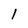
Character: l